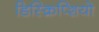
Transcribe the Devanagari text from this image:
डिस्क्रिप्शियो